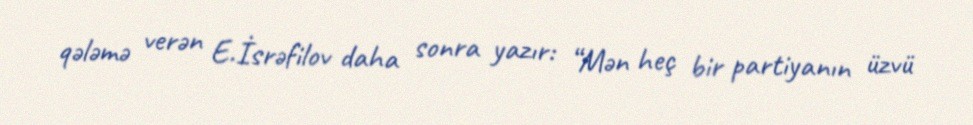
qələmə verən E.İsrəfilov daha sonra yazır: “Mən heç bir partiyanın üzvü